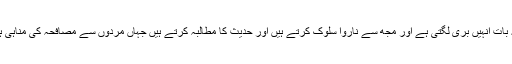
یہ بات اُنہیں بری لگتی ہے اور مجھ سے ناروا سلوک کرتے ہیں اور حدیث کا مطالبہ کرتے ہیں جہاں مردوں سے مصافحہ کی مناہی ہو۔